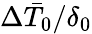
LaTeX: \Delta\bar{T}_{0}/\delta_{0}